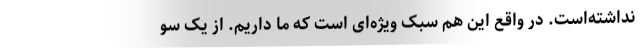
نداشته‌است. در واقع این هم سبک ویژه‌ای است که ما داریم. از یک سو